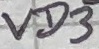
Text: VD3